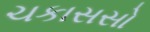
ચકાસસો